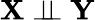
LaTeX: \mathbf{X}\perp\! \! \! \perp\mathbf{Y}